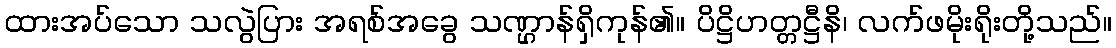
ထားအပ်သော သလွဲပြား အရစ်အခွေ သဏ္ဌာန်ရှိကုန်၏။ ပိဋ္ဌိဟတ္တဋ္ဌီနိ၊ လက်ဖမိုးရိုးတို့သည်။